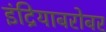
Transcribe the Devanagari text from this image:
इंद्रियाबरोबर